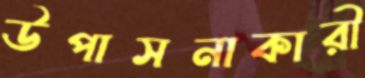
উপাসনাকারী